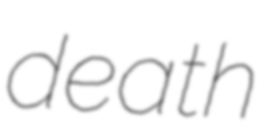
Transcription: death